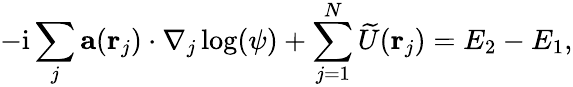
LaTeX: -\mathrm{i}\sum_{j}\mathbf{a}(\mathbf{r}_{j})\cdot\nabla_{j}\log(\psi)+\sum_{j=1}^{N}\widetilde{U}(\mathbf{r}_{j})=E_{2}-E_{1},